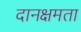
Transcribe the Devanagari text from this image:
दानक्षमता